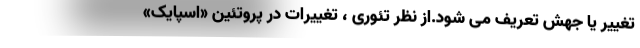
تغییر یا جهش تعریف می شود.از نظر تئوری ، تغییرات در پروتئین «اسپایک»